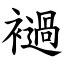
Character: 䙤